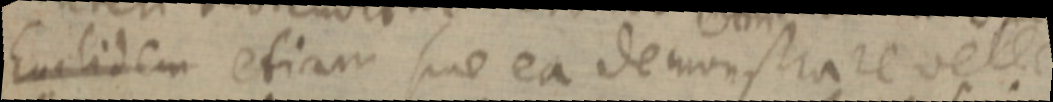
Euclidem etiam sue ea demonstrare velec